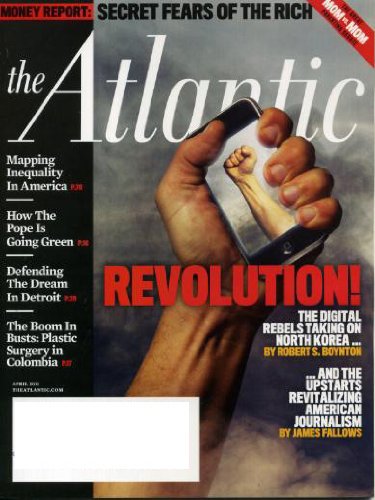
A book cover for The Atlantic April 2011 Secret Fears of the Rich, Digital Rebels Taking On North Korea, Mapping Inequality in America, How the Pope is Going Green, Defending the Dream in Detroit, Plastic Surgery in Columbia; Travel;